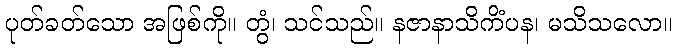
ပုတ်ခတ်သော အဖြစ်ကို။ တွံ၊ သင်သည်။ နဇာနာသိကိံပန၊ မသိသလော။